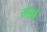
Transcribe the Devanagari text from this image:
मच्च